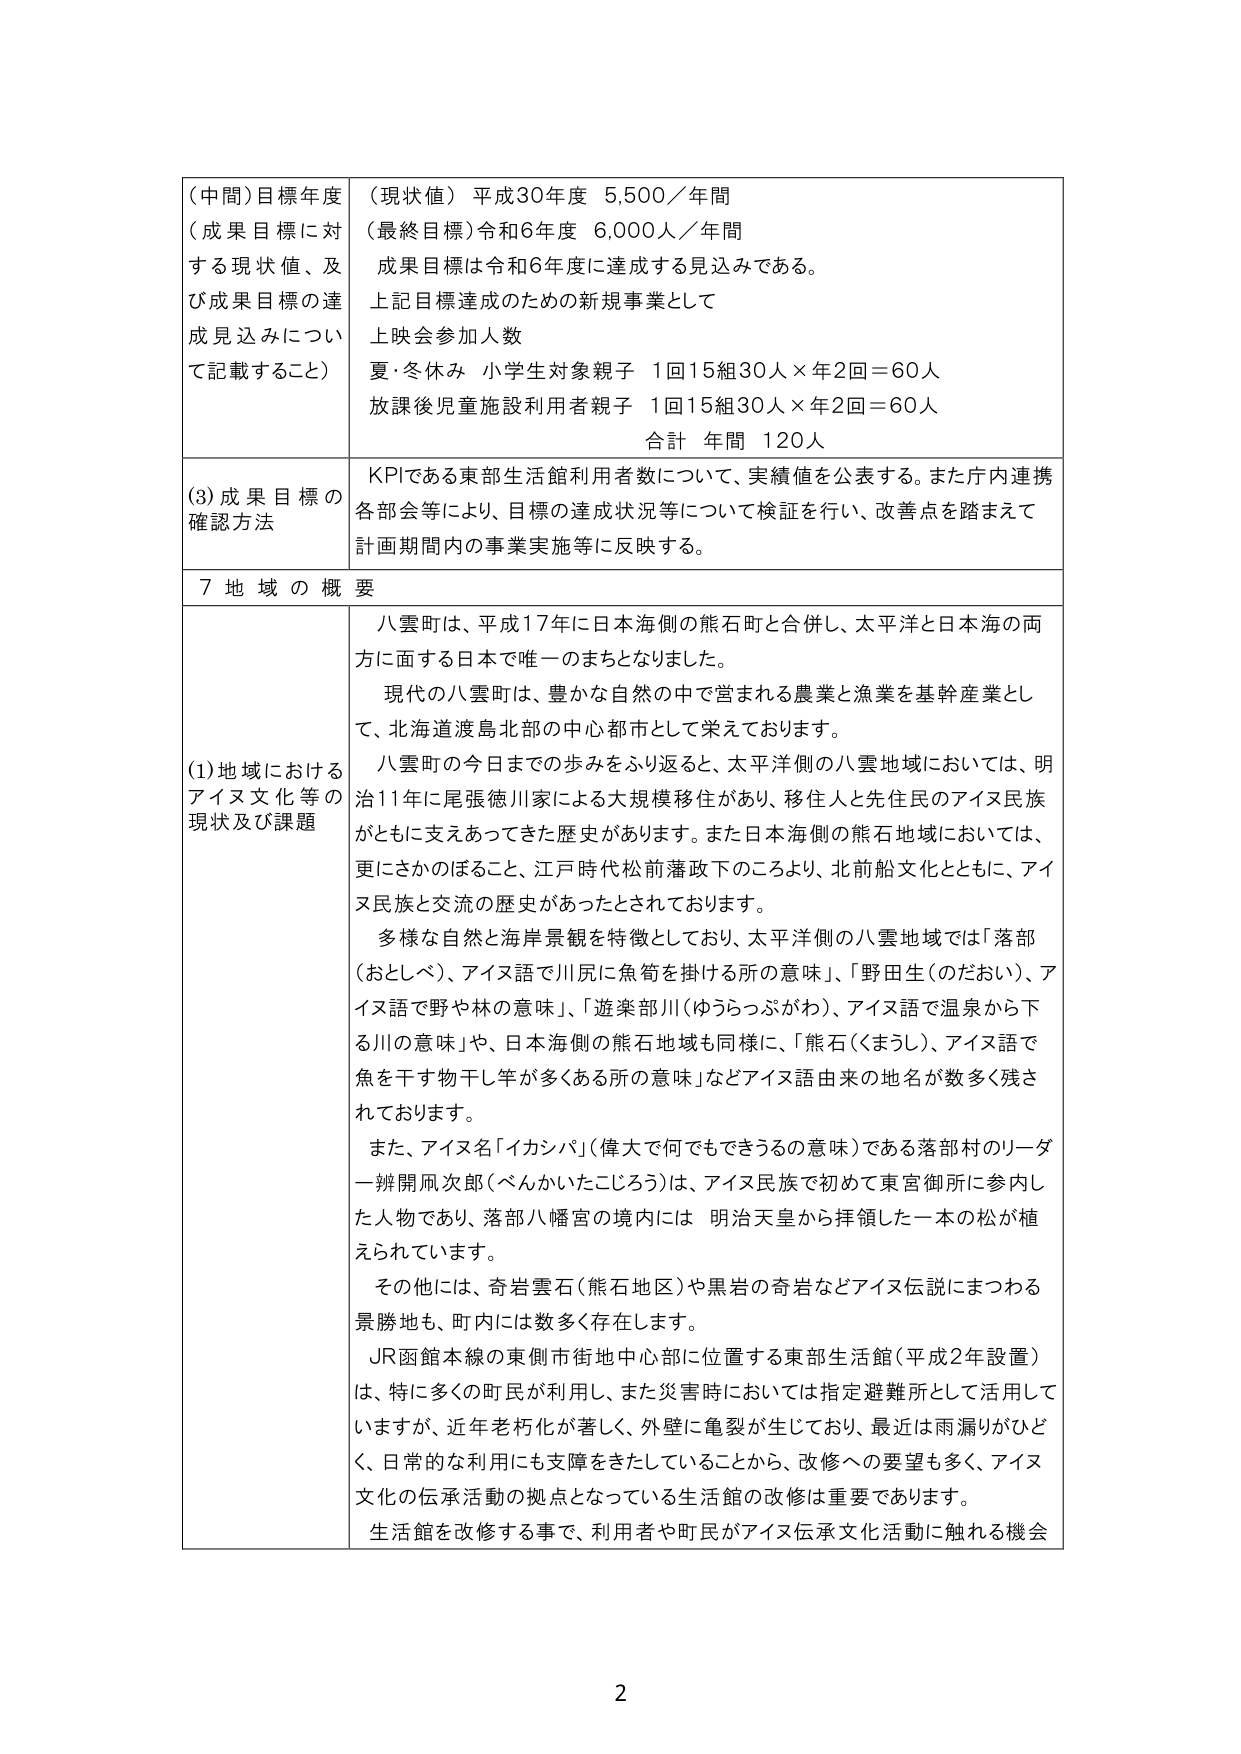
（中間）目標年度
（成果目標に対する現状値、及び成果目標の達成見込みについて記載すること）
（現状値）平成30年度 5,500／年間
（最終目標）令和6年度 6,000人／年間
成果目標は令和6年度に達成する見込みである。
上記目標達成のための新規事業として
上映会参加人数
夏・冬休み 小学生対象親子 1回15組30人×年2回＝60人
放課後児童施設利用者親子 1回15組30人×年2回＝60人
合計 年間 120人

(3) 成果目標の確認方法
KPIである東部生活館利用者数について、実績値を公表する。また庁内連携各部会等により、目標の達成状況等について検証を行い、改善点を踏まえて計画期間内の事業実施等に反映する。

7 地域の概要

(1) 地域におけるアイヌ文化等の現状及び課題
八雲町は、平成17年に日本海側の熊石町と合併し、太平洋と日本海の両方に面する日本で唯一のまちとなりました。
現代の八雲町は、豊かな自然の中で営まれる農業と漁業を基幹産業として、北海道渡島北部の中心都市として栄えております。
八雲町の今日までの歩みをふり返ると、太平洋側の八雲地域においては、明治11年に尾張徳川家による大規模移住があり、移住人と先住民のアイヌ民族がともに支えあってきた歴史があります。また日本海側の熊石地域においては、更にさかのぼること、江戸時代松前藩政下のころより、北前船文化とともに、アイヌ民族と交流の歴史があったとされております。
多様な自然と海岸景観を特徴としており、太平洋側の八雲地域では「落部（おとしべ）、アイヌ語で川尻に魚筍を掛ける所の意味」、「野田生（のだおい）、アイヌ語で野や林の意味」、「遊楽部川（ゆうらっふがわ）、アイヌ語で温泉から下る川の意味」や、日本海側の熊石地域も同様に、「熊石（くまうし）、アイヌ語で魚を干す物干し竿が多くある所の意味」などアイヌ語由来の地名が数多く残されております。
また、アイヌ名「イカシパ」（偉大で何でもできるの意味）である落部村のリーダー辨開凧次郎（べんかいたこじろう）は、アイヌ民族で初めて東宮御所に参内した人物であり、落部八幡宮の境内には 明治天皇から拝領した一本の松が植えられています。
その他には、奇岩雲石（熊石地区）や黒岩の奇岩などアイヌ伝説にまつわる景勝地も、町内には数多く存在します。
JR函館本線の東側市街地中心部に位置する東部生活館（平成2年設置）は、特に多くの町民が利用し、また災害時においては指定避難所として活用していますが、近年老朽化が著しく、外壁に亀裂が生じており、最近は雨漏りがひどく、日常的な利用にも支障をきたしていることから、改修への要望も多く、アイヌ文化の伝承活動の拠点となっている生活館の改修は重要であります。
生活館を改修する事で、利用者や町民がアイヌ伝承文化活動に触れる機会

2